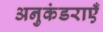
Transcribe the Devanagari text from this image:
अनुकंडराएँ